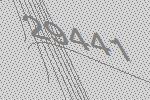
29441